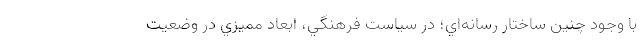
با وجود چنين ساختار رسانه‌اي؛ در سياست فرهنگي، ابعاد مميزي در وضعيت